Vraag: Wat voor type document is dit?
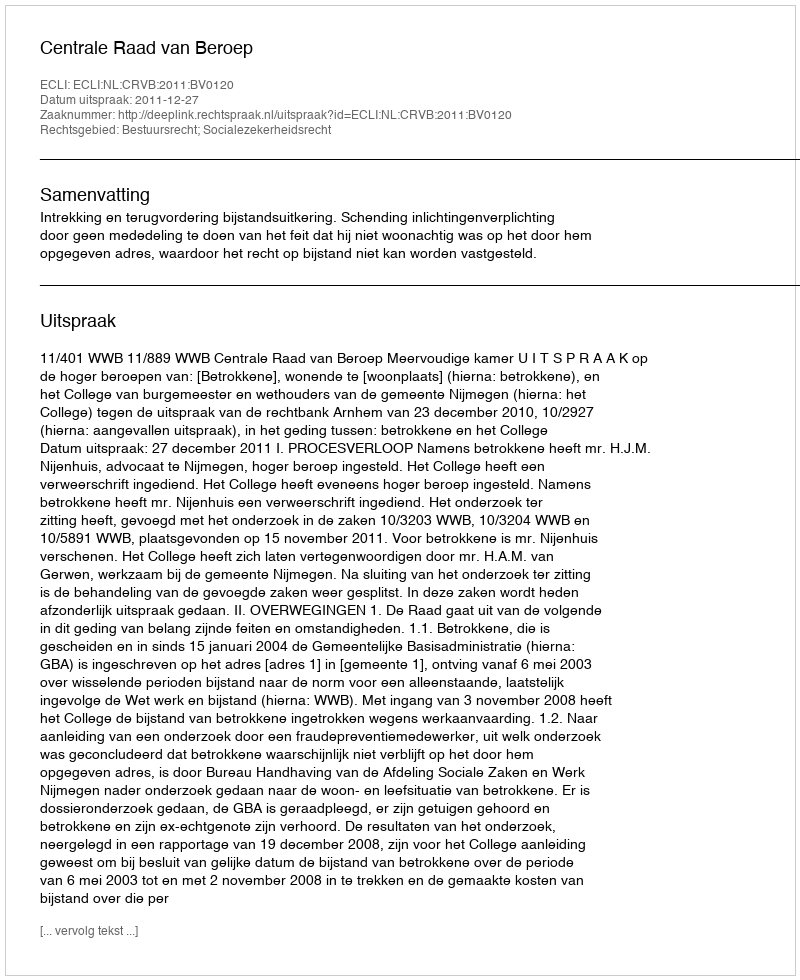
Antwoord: Uitspraak